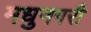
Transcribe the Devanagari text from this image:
मधुनगरी